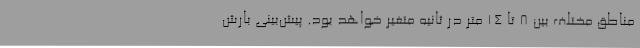
مناطق مختلف بین 8 تا 14 متر در ثانیه متغیر خواهد بود. پیش‌بینی بارش